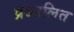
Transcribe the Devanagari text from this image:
प्रज्त्रलित